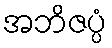
အဘိဇပ္ပံ